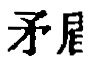
矛盾